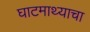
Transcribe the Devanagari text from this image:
घाटमाथ्याचा